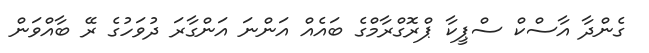
ގެންދާ އާސްކް ސްޕީކާ ޕްރޮގްރާމްގެ ބައެއް އަންނަ އަންގާރަ ދުވަހުގެ ރޭ ބާއްވަން